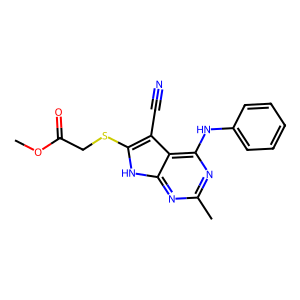
SMILES: COC(=O)CSc1[nH]c2nc(C)nc(Nc3ccccc3)c2c1C#N
Inhibits HIV replication: No